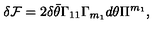
\delta { \cal F } = 2 \delta \bar { \theta } \Gamma _ { 1 1 } \Gamma _ { m _ { 1 } } d \theta \Pi ^ { m _ { 1 } } ,